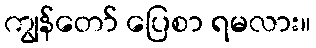
ကျွန်တော် ပြေစာ ရမလား။